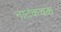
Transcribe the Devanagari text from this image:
नाटकचक्र